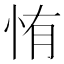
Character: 㤢